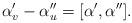
LaTeX: \begin{align*}\alpha'_v-\alpha''_u=[\alpha',\alpha''].\end{align*}